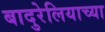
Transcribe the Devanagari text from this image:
बादुरेलियाच्या